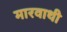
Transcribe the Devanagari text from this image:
मारवाथी